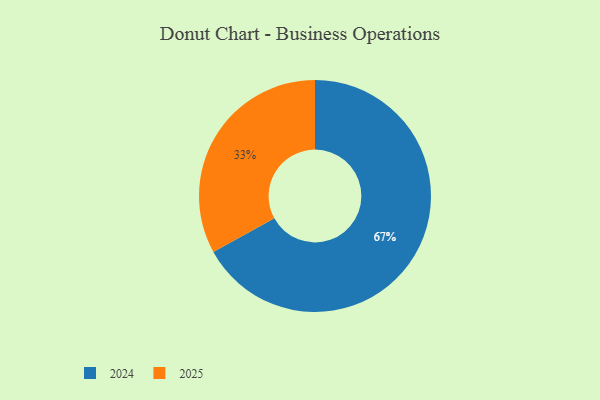
{"axis": {"x": "Category", "y": "Percentage"}, "legend": ["2024", "2025"], "data": [{"x": "2025", "y": 33, "type": "2025"}, {"x": "2024", "y": 67, "type": "2024"}]}